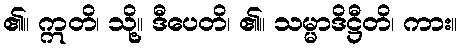
၏။ ဣတိ၊ သို့။ ဒီပေတိ၊ ၏။ သမ္မာဒိဋ္ဌီတိ၊ ကား။